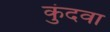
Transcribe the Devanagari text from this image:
कुंदवा